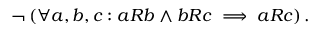
\lnot \left( \forall a , b , c : a R b \land b R c \implies a R c \right) .